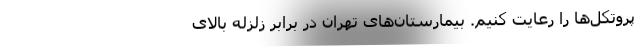
پروتکل‌‌ها را رعایت کنیم. بیمارستان‌های تهران در برابر زلزله بالای